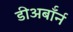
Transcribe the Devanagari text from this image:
डीअर्बॉर्न